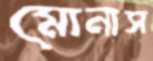
মোনাস